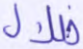
ضلال